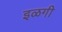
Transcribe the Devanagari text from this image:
इळगी